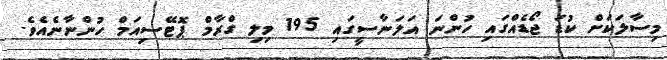
މިސާލަކަށް ކުޑަ ޖޯޑެއްގައި ހުންނަ އަލަނާސީގައި 195 މިލި ގްރާމް ޕޮޓޭސިއަމް ހުންނާނެއެވެ.